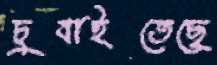
চুবাইতেছে